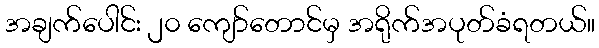
အချက်ပေါင်း ၂၀ ကျော်တောင်မှ အရိုက်အပုတ်ခံရတယ်။